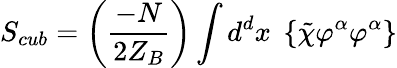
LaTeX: S_{cub}=\left(\frac{-N}{2Z_{B}}\right)\int d^{d}x\; \left\{ \tilde{\chi}\varphi^{\alpha}\varphi^{\alpha}\right\}